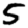
Digit: 5